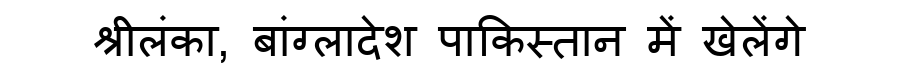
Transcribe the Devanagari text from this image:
श्रीलंका, बांग्लादेश पाकिस्तान में खेलेंगे